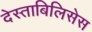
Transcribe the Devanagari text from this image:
देस्ताबिलिसेस